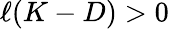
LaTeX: \ell(K-D)>0